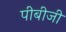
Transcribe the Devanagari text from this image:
पीबीजी